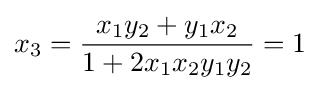
x_{3}={\frac {x_{1}y_{2}+y_{1}x_{2}}{1+2x_{1}x_{2}y_{1}y_{2}}}=1